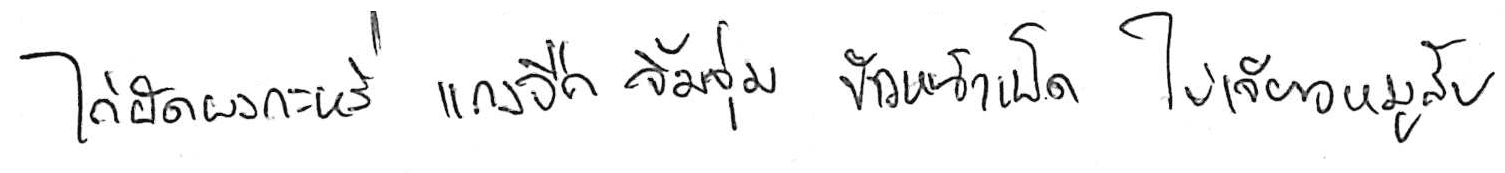
ไก่ผัดผงกะหรี่ แกงจืด จิ้มจุ่ม ข้าวหน้าเป็ด ไข่เจียวหมูสับ